Annual administration report of the Civil Veterinary Department of India - 1895-1896
Year: 1895
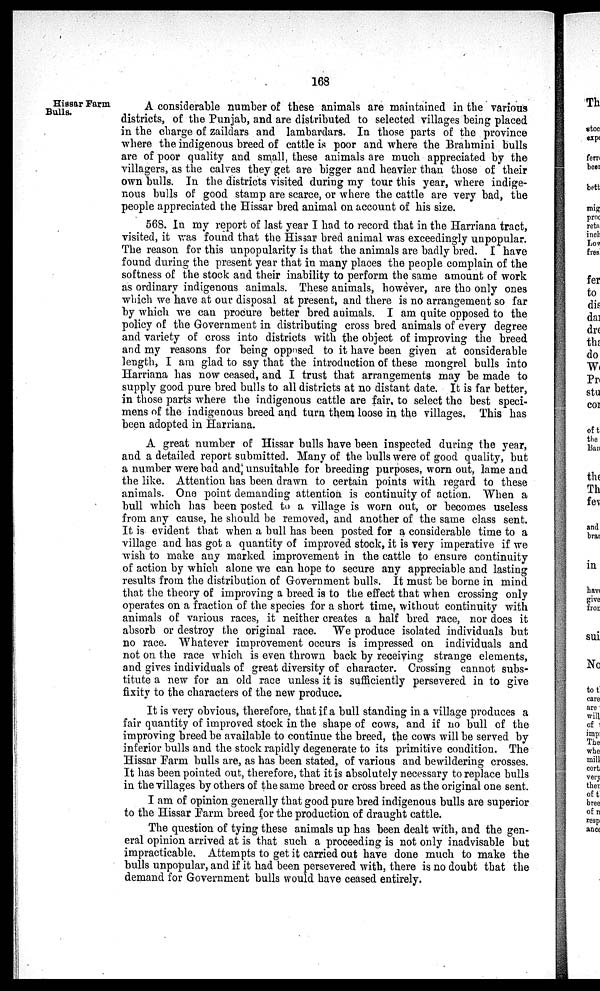
168
Hissar Farm
Bulls.
A considerable number of these animals are maintained in the various
districts, of the Punjab, and are distributed to selected villages being placed
in the charge of zaildars and lambardars. In those parts of the province
where the indigenous breed of cattle is poor and where the Brahmini bulls
are of poor quality and small, these animals are much appreciated by the
villagers, as the calves they get are bigger and heavier than those of their
own bulls. In the districts visited during my tour this year, where indige-
nous bulls of good stamp are scarce, or where the cattle are very bad, the
people appreciated the Hissar bred animal on account of his size.
568. In my report of last year I had to record that in the Harriana tract,
visited, it was found that the Hissar bred animal was exceedingly unpopular.
The reason for this unpopularity is that the animals are badly bred. I have
found during the present year that in many places the people complain of the
softness of the stock and their inability to perform the same amount of work
as ordinary indigenous animals. These animals, however, are tho only ones
which we have at our disposal at present, and there is no arrangement so far
by which we can procure better bred animals. I am quite opposed to the
policy of the Government in distributing cross bred animals of every degree
and variety of cross into districts with the object of improving the breed
and my reasons for being opposed to it have been given at considerable
length, I am glad to say that the introduction of these mongrel bulls into
Harriana has now ceased, and I trust that arrangements may be made to
supply good pure bred bulls to all districts at no distant date. It is far better,
in those parts where the indigenous cattle are fair, to select the best speci-
mens of the indigenous breed and turn them loose in the villages. This has
been adopted in Harriana.
A great number of Hissar bulls have been inspected during the year,
and a detailed report submitted. Many of the bulls were of good quality, but
a number were bad and unsuitable for breeding purposes, worn out, lame and
the like. Attention has been drawn to certain points with regard to these
animals. One point demanding attention is continuity of action. When a
bull which has been posted to a village is worn out, or becomes useless
from any cause, he should be removed, and another of the same class sent.
It is evident that when a bull has been posted for a considerable time to a
village and has got a quantity of improved stock, it is very imperative if we
wish to make any marked improvement in the cattle to ensure continuity
of action by which alone we can hope to secure any appreciable and lasting
results from the distribution of Government bulls. It must be borne in mind
that the theory of improving a breed is to the effect that when crossing only
operates on a fraction of the species for a short time, without continuity with
animals of various races, it neither creates a half bred race, nor does it
absorb or destroy the original race. We produce isolated individuals but
no race. Whatever improvement occurs is impressed on individuals and
not on the race which is even thrown back by receiving strange elements,
and gives individuals of great diversity of character. Crossing cannot subs-
titute a new for an old race unless it is sufficiently persevered in to give
fixity to the characters of the new produce.
It is very obvious, therefore, that if a bull standing in a village produces a
fair quantity of improved stock in the shape of cows, and if no bull of the
improving breed be available to continue the breed, the cows will be served by
inferior bulls and the stock rapidly degenerate to its primitive condition. The
Hissar Farm bulls are, as has been stated, of various and bewildering crosses.
It has been pointed out, therefore, that it is absolutely necessary to replace bulls
in the villages by others of the same breed or cross breed as the original one sent.
I am of opinion generally that good pure bred indigenous bulls are superior
to the Hissar Farm breed for the production of draught cattle.
The question of tying these animals up has been dealt with, and the gen-
eral opinion arrived at is that such a proceeding is not only inadvisable but
impracticable. Attempts to get it carried out have done much to make the
bulls unpopular, and if it had been persevered with, there is no doubt that the
demand for Government bulls would have ceased entirely.